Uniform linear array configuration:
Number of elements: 8
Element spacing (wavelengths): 0.5
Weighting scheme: hann
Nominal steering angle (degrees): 0
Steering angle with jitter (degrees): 0.9049
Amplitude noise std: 0.05
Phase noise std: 0.05

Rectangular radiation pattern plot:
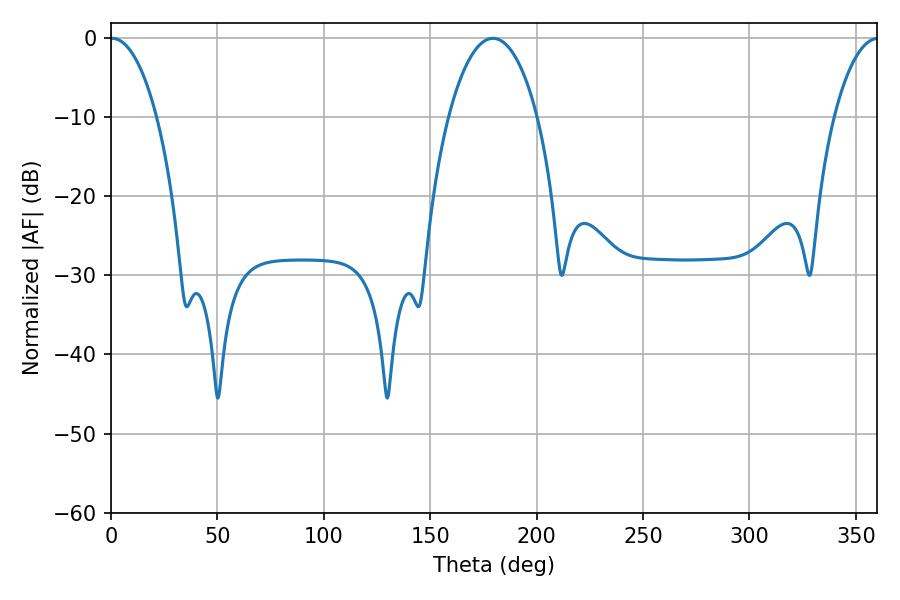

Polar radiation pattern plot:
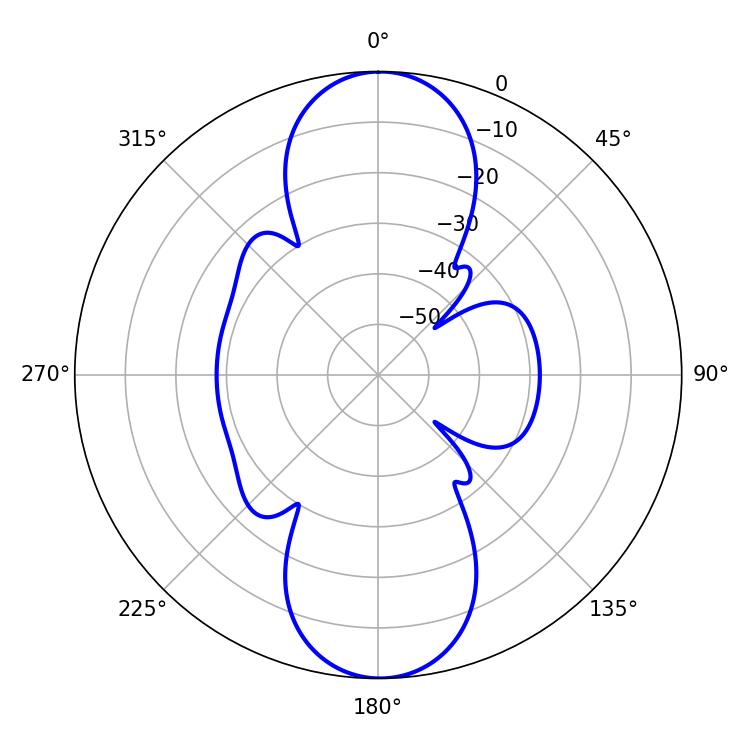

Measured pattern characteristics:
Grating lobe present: FALSE
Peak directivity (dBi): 25.07
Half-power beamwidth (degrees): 12.24
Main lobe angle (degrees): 0.54